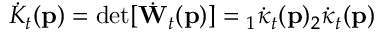
\dot { K } _ { t } ( \mathbf { p } ) = \operatorname* { d e t } [ \dot { \mathbf { W } } _ { t } ( \mathbf { p } ) ] = { } _ { 1 } \dot { \kappa } _ { t } ( \mathbf { p } ) { } _ { 2 } \dot { \kappa } _ { t } ( \mathbf { p } )